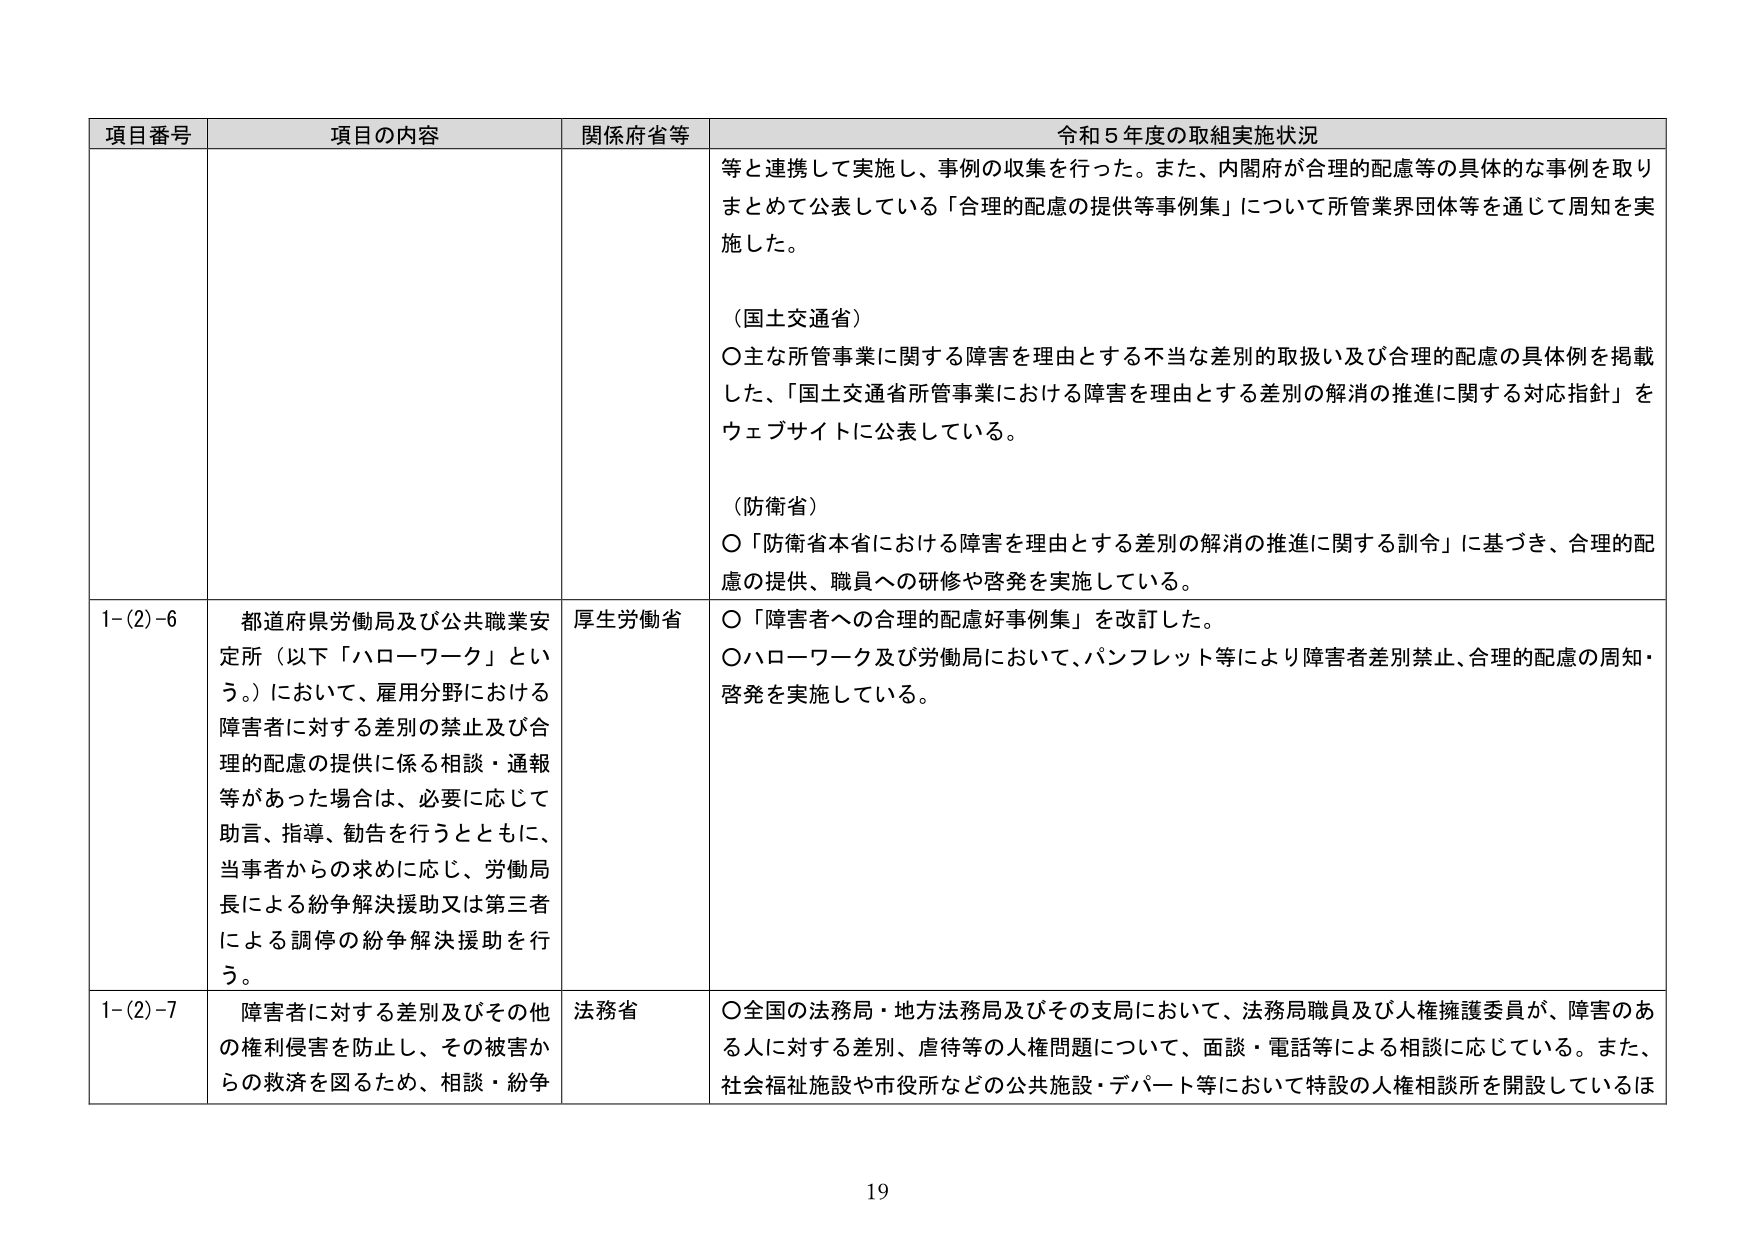
項目番号 項目の内容 関係府省等 令和５年度の取組実施状況
等と連携して実施し、事例の収集を行った。また、内閣府が合理的配慮等の具体的な事例を取り
まとめて公表している「合理的配慮の提供等事例集」について所管業界団体等を通じて周知を実
施した。
（国土交通省）
〇主な所管事業に関する障害を理由とする不当な差別的取扱い及び合理的配慮の具体例を掲載
した、「国土交通省所管事業における障害を理由とする差別の解消の推進に関する対応指針」を
ウェブサイトに公表している。
（防衛省）
〇「防衛省本省における障害を理由とする差別の解消の推進に関する訓令」に基づき、合理的配
慮の提供、職員への研修や啓発を実施している。
1-(2)-6 都道府県労働局及び公共職業安 厚生労働省 〇「障害者への合理的配慮好事例集」を改訂した。
定所（以下「ハローワーク」とい 〇ハローワーク及び労働局において、パンフレット等により障害者差別禁止、合理的配慮の周知・
う。）において、雇用分野における 啓発を実施している。
障害者に対する差別の禁止及び合
理的配慮の提供に係る相談・通報
等があった場合は、必要に応じて
助言、指導、勧告を行うとともに、
当事者からの求めに応じ、労働局
長による紛争解決援助又は第三者
による調停の紛争解決援助を行
う。
1-(2)-7 障害者に対する差別及びその他 法務省 〇全国の法務局・地方法務局及びその支局において、法務局職員及び人権擁護委員が、障害のあ
の権利侵害を防止し、その被害か る人に対する差別、虐待等の人権問題について、面談・電話等による相談に応じている。また、
らの救済を図るため、相談・紛争 社会福祉施設や市役所などの公共施設・デパート等において特設の人権相談所を開設しているは
19